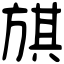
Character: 𣄃